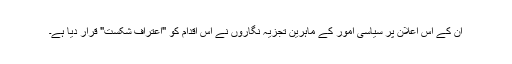
ان کے اس اعلان پر سیاسی امور کے ماہرین تجزیہ نگاروں نے اس اقدام کو "اعتراف شکست" قرار دیا ہے۔